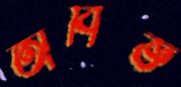
অবিজ্ঞ